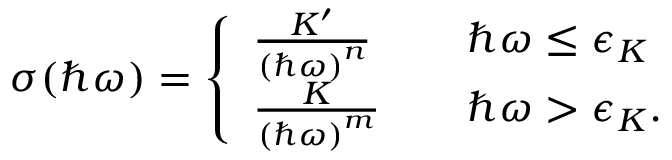
\sigma ( \hbar \omega ) = \left\{ \begin{array} { l l } { \frac { K ^ { \prime } } { \left( \hbar \omega \right) ^ { n } } } & { \quad \hbar \omega \leq \epsilon _ { K } } \\ { \frac { K } { \left( \hbar \omega \right) ^ { m } } } & { \quad \hbar \omega > \epsilon _ { K } . } \end{array} \right.